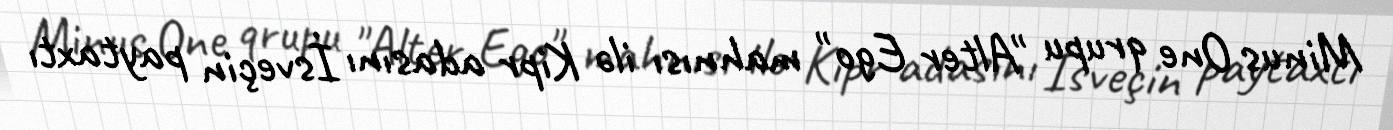
Minus One qrupu "Alter Ego" mahnısı ilə Kipr adasını İsveçin paytaxtı